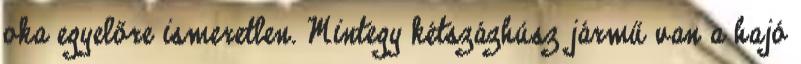
oka egyelőre ismeretlen. Mintegy kétszázhúsz jármű van a hajó